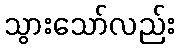
သွားသော်လည်း